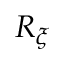
R _ { \xi }